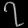
Digit: ၇